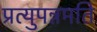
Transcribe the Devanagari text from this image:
प्रत्युपन्नमति